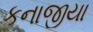
કનાજીયા